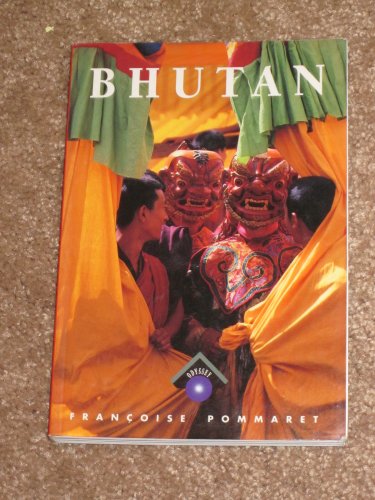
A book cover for Illustrated Guide to Bhutan (Odyssey Guides); Francoise Pommaret-Imaeda; Travel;